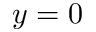
y = 0